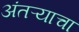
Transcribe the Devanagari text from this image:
अंतऱ्याचा